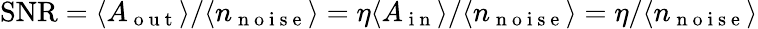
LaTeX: \mathrm{SNR}=\langle A_{\mathrm{~o~u~t~}}\rangle/\langle n_{\mathrm{~n~o~i~s~e~}}\rangle=\eta\langle A_{\mathrm{~i~n~}}\rangle/\langle n_{\mathrm{~n~o~i~s~e~}}\rangle=\eta/\langle n_{\mathrm{~n~o~i~s~e~}}\rangle